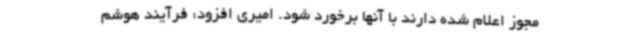
مجوز اعلام شده دارند با آنها برخورد شود. امیری افزود: فرآیند هوشم